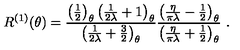
R ^ { ( 1 ) } ( \theta ) = \frac { \left( \frac { 1 } { 2 } \right) _ { \theta } \left( \frac { 1 } { 2 \lambda } + 1 \right) _ { \theta } } { \left( \frac { 1 } { 2 \lambda } + \frac { 3 } { 2 } \right) _ { \theta } } \frac { \left( \frac { \eta } { \pi \lambda } - \frac { 1 } { 2 } \right) _ { \theta } } { \left( \frac { \eta } { \pi \lambda } + \frac { 1 } { 2 } \right) _ { \theta } } \ .